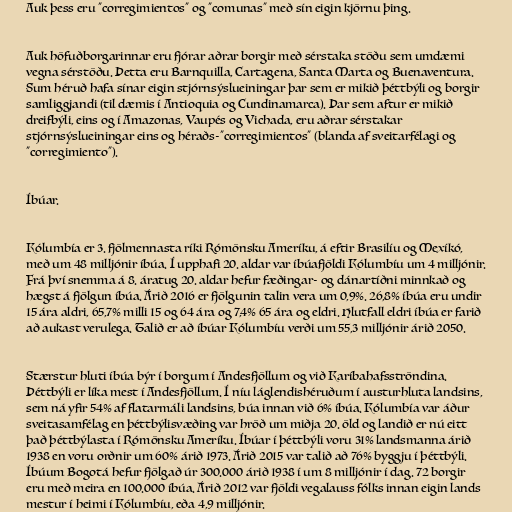
Auk þess eru "corregimientos" og "comunas" með sín eigin kjörnu þing.

Auk höfuðborgarinnar eru fjórar aðrar borgir með sérstaka stöðu sem umdæmi
vegna sérstöðu. Þetta eru Barnquilla, Cartagena, Santa Marta og Buenaventura.
Sum héruð hafa sínar eigin stjórnsýslueiningar þar sem er mikið þéttbýli og borgir
samliggjandi (til dæmis í Antioquia og Cundinamarca). Þar sem aftur er mikið
dreifbýli, eins og í Amazonas, Vaupés og Vichada, eru aðrar sérstakar
stjórnsýslueiningar eins og héraðs-"corregimientos" (blanda af sveitarfélagi og
"corregimiento").

Íbúar.

Kólumbía er 3. fjölmennasta ríki Rómönsku Ameríku, á eftir Brasilíu og Mexíkó,
með um 48 milljónir íbúa. Í upphafi 20. aldar var íbúafjöldi Kólumbíu um 4 milljónir.
Frá því snemma á 8. áratug 20. aldar hefur fæðingar- og dánartíðni minnkað og
hægst á fjölgun íbúa. Árið 2016 er fjölgunin talin vera um 0,9%. 26,8% íbúa eru undir
15 ára aldri, 65,7% milli 15 og 64 ára og 7,4% 65 ára og eldri. Hlutfall eldri íbúa er farið
að aukast verulega. Talið er að íbúar Kólumbíu verði um 55,3 milljónir árið 2050.

Stærstur hluti íbúa býr í borgum í Andesfjöllum og við Karíbahafsströndina.
Þéttbýli er líka mest í Andesfjöllum. Í níu láglendishéruðum í austurhluta landsins,
sem ná yfir 54% af flatarmáli landsins, búa innan við 6% íbúa. Kólumbía var áður
sveitasamfélag en þéttbýlisvæðing var hröð um miðja 20. öld og landið er nú eitt
það þéttbýlasta í Rómönsku Ameríku. Íbúar í þéttbýli voru 31% landsmanna árið
1938 en voru orðnir um 60% árið 1973. Árið 2015 var talið að 76% byggju í þéttbýli.
Íbúum Bogotá hefur fjölgað úr 300.000 árið 1938 í um 8 milljónir í dag. 72 borgir
eru með meira en 100.000 íbúa. Árið 2012 var fjöldi vegalauss fólks innan eigin lands
mestur í heimi í Kólumbíu, eða 4,9 milljónir.